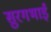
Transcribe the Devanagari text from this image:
सुरगभाई